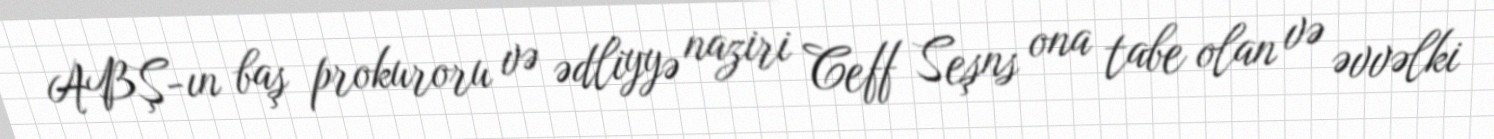
ABŞ-ın baş prokuroru və ədliyyə naziri Ceff Seşns ona tabe olan və əvvəlki